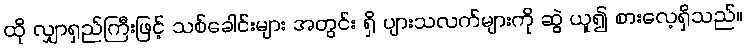
ထို လျှာရှည်ကြီးဖြင့် သစ်ခေါင်းများ အတွင်း ရှိ ပျားသလက်များကို ဆွဲ ယူ၍ စားလေ့ရှိသည်။